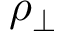
\rho _ { \bot }